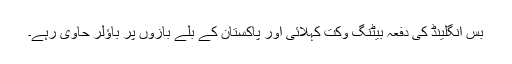
بس انگلینڈ کی دفعہ بیٹنگ وکت کہلائی اور پاکستان کے بلے بازوں پر باؤلر حاوی رہے۔